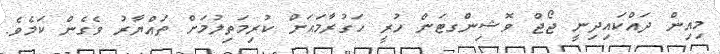
މިއިން ދައްކައިދިނީ ޖޯޖް ވޮޝިންގޓަން ހުރީ ހަގުރާމައަށް ކުރިމަތިލުމަށް ތައްޔާރު ވެގެން ކަމެވެ.